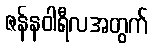
ဇန်နဝါရီလအတွက်